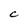
Character: C